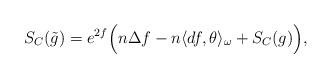
LaTeX: \begin{align*}S_C(\tilde{g})&=e^{2f}\Big(n\Delta f-n\langle df,\theta\rangle_{\omega}+S_C(g)\Big),\end{align*}